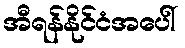
အီရန်နိုင်ငံအပေါ်